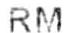
RM